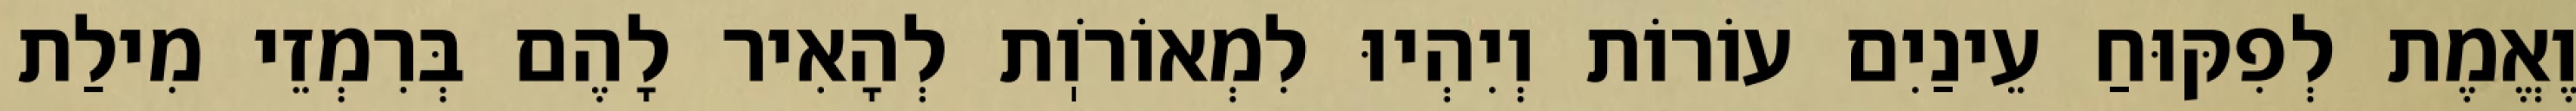
וֶאֱמֶת לְפִקּוּחַ עֵינַיִם עוֹרוֹת וְיִהְיוּ לִמְאוֹרֹוֽת לְהָאִיר לָהֶם בְּרִמְזֵי מִילַת